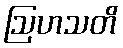
ဩဟသတိ